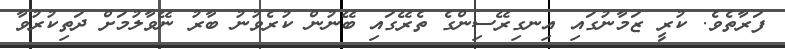
ފަރާތެވެ. ކުރީ ޒަމާނުގައި އިނގިރޭސިންގެ ތެރޭގައި ބޭނުން ކުރެވުނު ބާރު ނޭވާލުމަށް ދަތިކުރުވާ